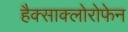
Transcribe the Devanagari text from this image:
हैक्साक्लोरोफेन